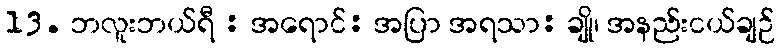
13. ဘလူးဘယ်ရီ : အရောင်: အပြာ အရသာ: ချို၊ အနည်းငယ်ချဉ်